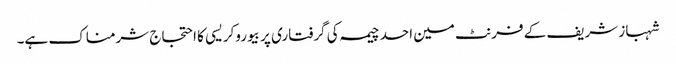
شہباز شریف کے فرنٹ مین احد چیمہ کی گرفتاری پر بیوروکریسی کا احتجاج شرمناک ہے۔